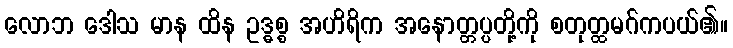
လောဘ ဒေါသ မာန ထိန ဥဒ္ဓစ္စ အဟိရိက အနောတ္တပ္ပတို့ကို စတုတ္ထမဂ်ကပယ်၏။